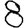
Digit: 8